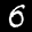
Label: 6